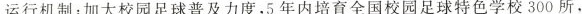
运行机制；加大校园足球普及力度，5年内培育全国校园足球特色学校300所，